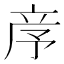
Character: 𥩧